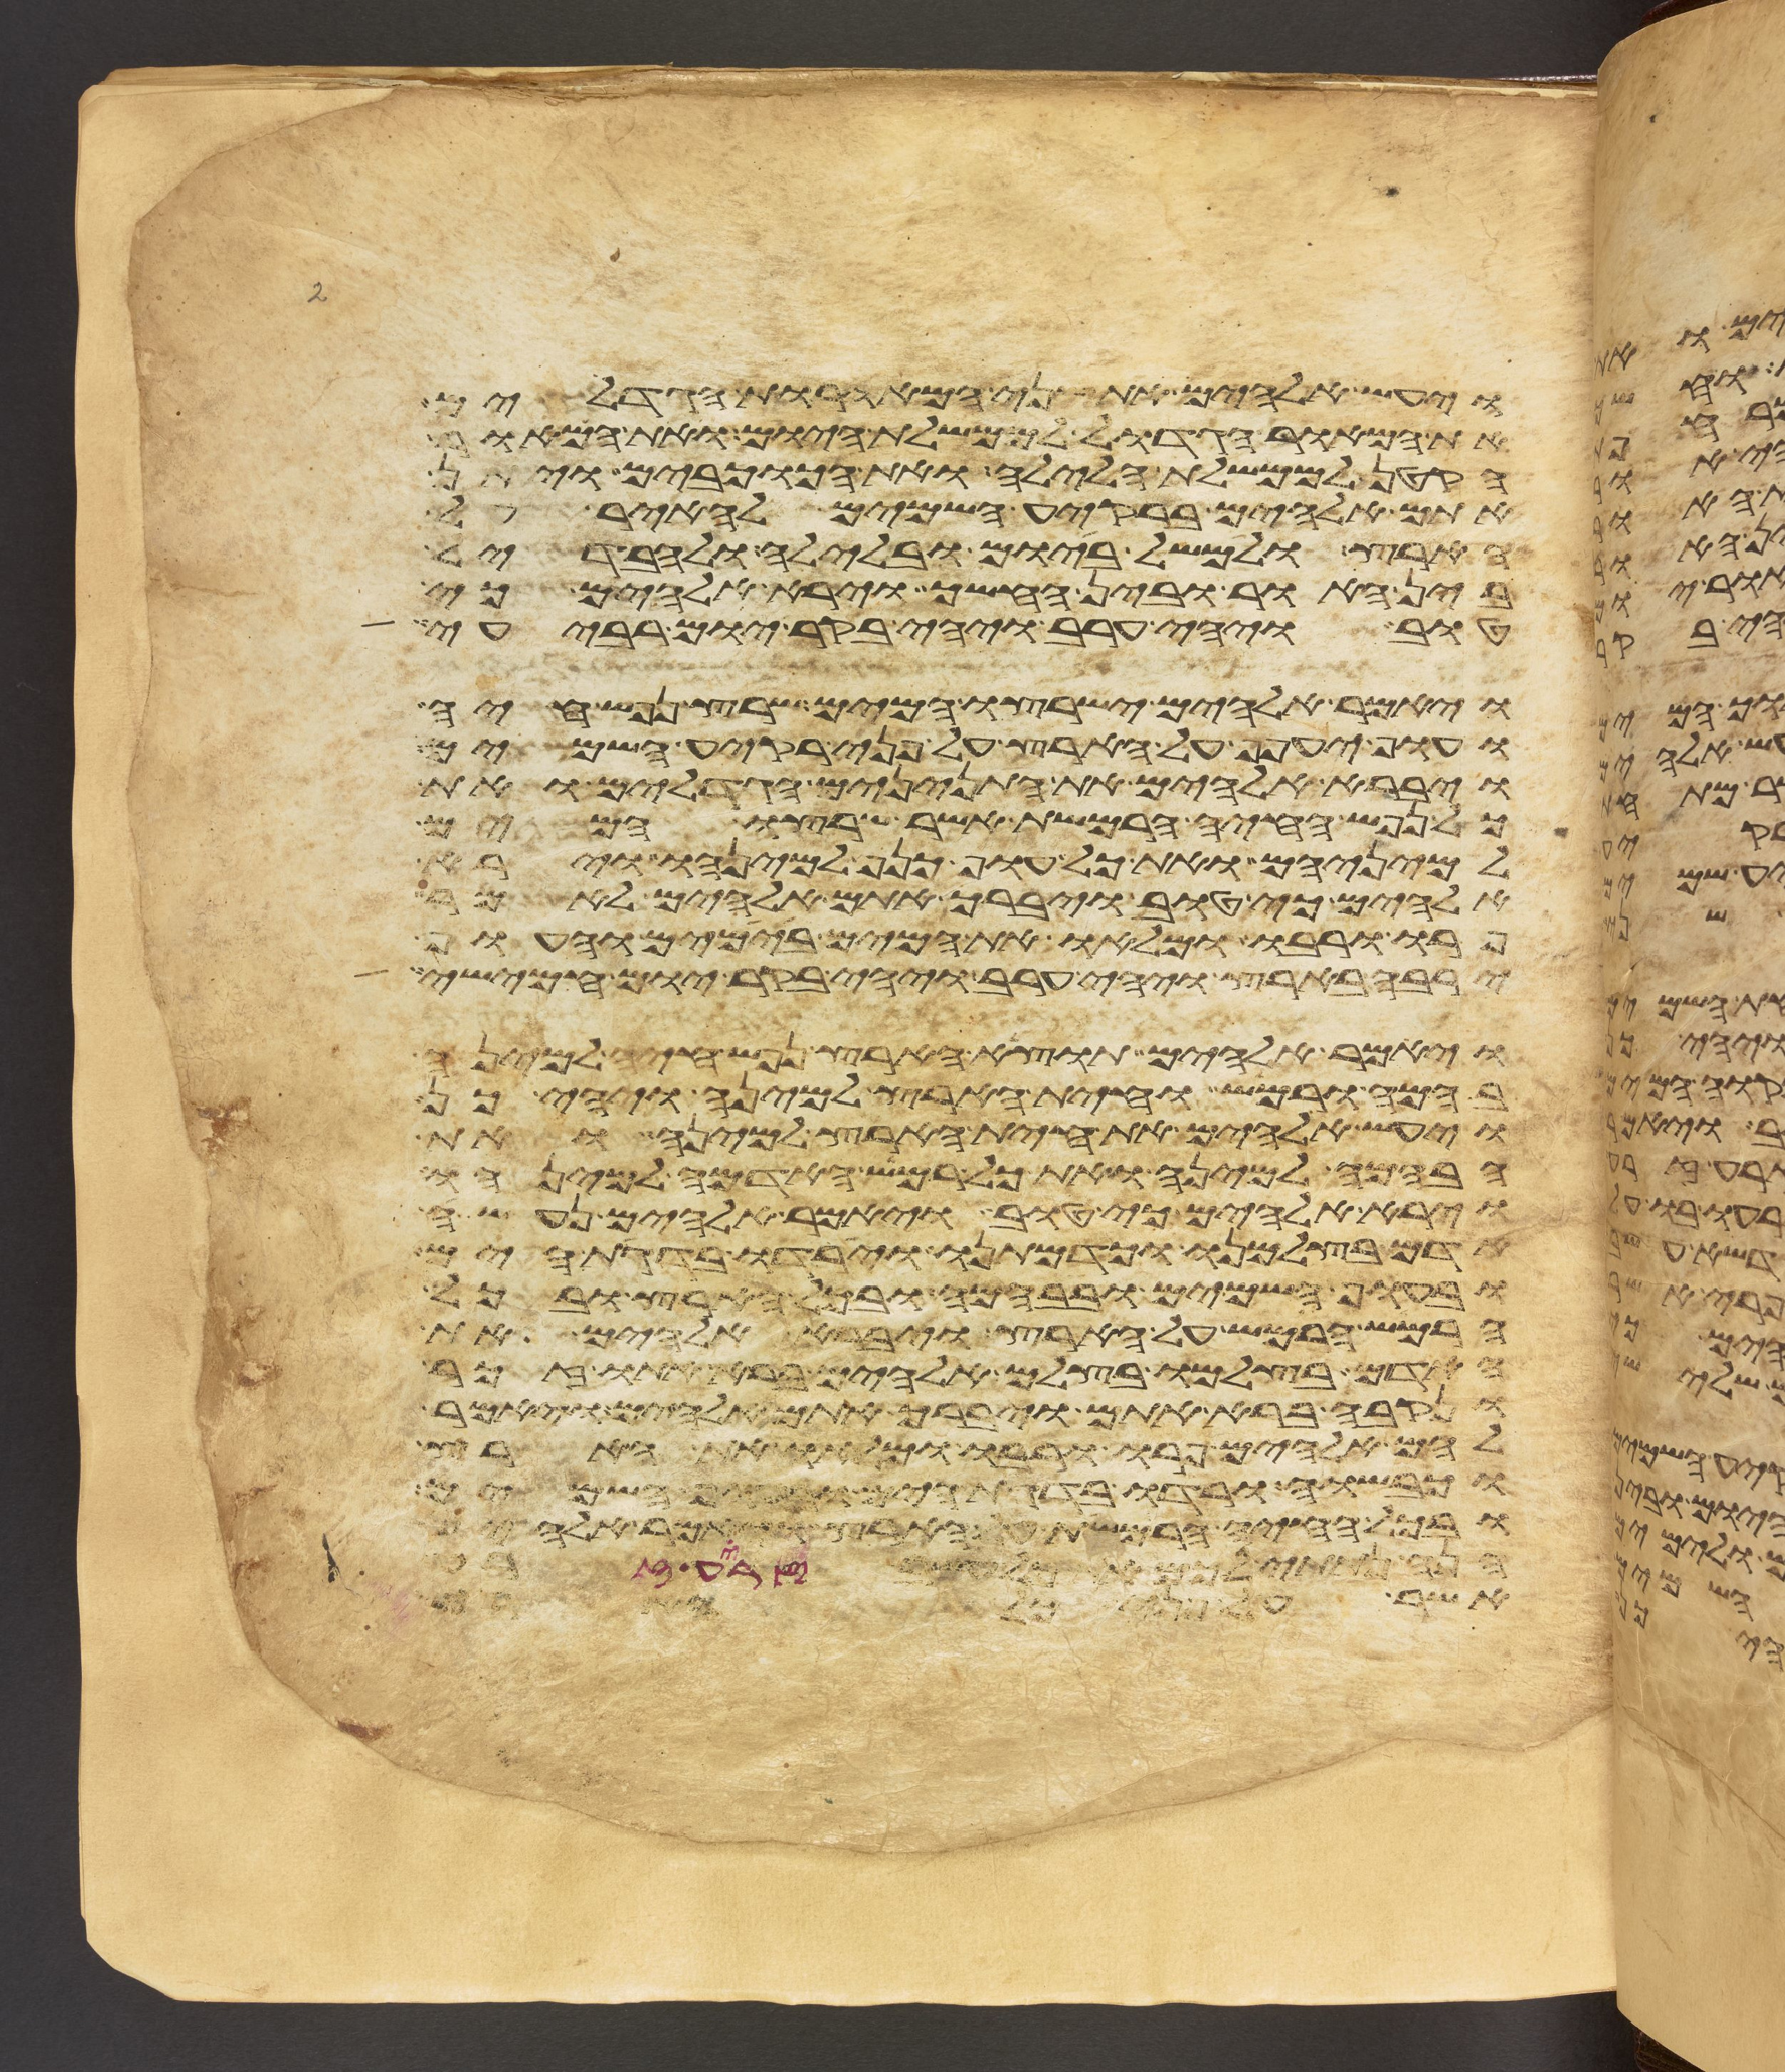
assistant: ויעש אלהים את שני המאורות הגדלים
את המאור הגדול לממשלת היום ואת המאור
הקטן לממשלת הלילה ואת הכוכבים ויתן
אתם אלהים ברקיע השמים להאיר על
הארץ ולמשל ביום ובלילה ולהבדיל
בין האור ובין החשך וירא אלהים כי
טוב ויהי ערב ויהי בקר יום רביעי
ויאמר אלהים ישרצו המים שרץ נפש חיה
ועוף יעפף על הארץ על פני רקיע השמים
ויברא אלהים את התנינים הגדלים ואת
כל נפש החיה הרמשת אשר שרצו המים
למיניהם ואת כל עוף כנף למינהו וירא
אלהים כי טוב ויברך אתם אלהים לאמר
פרו ורבו ומלאו את המים בימים והעוף
ירבה בארץ ויהי ערב ויהי בקר יום חמישי
ויאמר אלהים תוצא הארץ נפש חיה למינה
בהמה ורמש וחית הארץ למינה ויהי כן
ויעש אלהים את חית הארץ למינה ואת
הבהמה למינה ואת כל רמש האדמה למינהו
וירא אלהים כי טוב ויאמר אלהים נעשה
אדם בצלמנו וכדמותנו וירדו בדגת הים
ובעוף השמים ובבהמה ובכל הארץ ובכל
הרמש הרמש על הארץ ויברא אלהים את
האדם בצלמו בצלם אלהים ברא אתו זכר
ונקבה ברא אתם ויברך אתם אלהים ויאמר
להם אלהים פרו ורבו ומלאו את הארץ
וכבשוה ורדו בדגת הים ובעוף השמים
ובכל החיה הרמשת על הארץ ויאמר אלהים
הנה נתתי לכם את כל עשב זרע זרע
אשר על פני כל